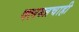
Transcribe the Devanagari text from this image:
क्लब्जचाही